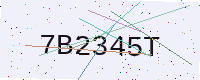
Text: 7B2345T